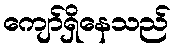
ကျော်ရှိနေသည်